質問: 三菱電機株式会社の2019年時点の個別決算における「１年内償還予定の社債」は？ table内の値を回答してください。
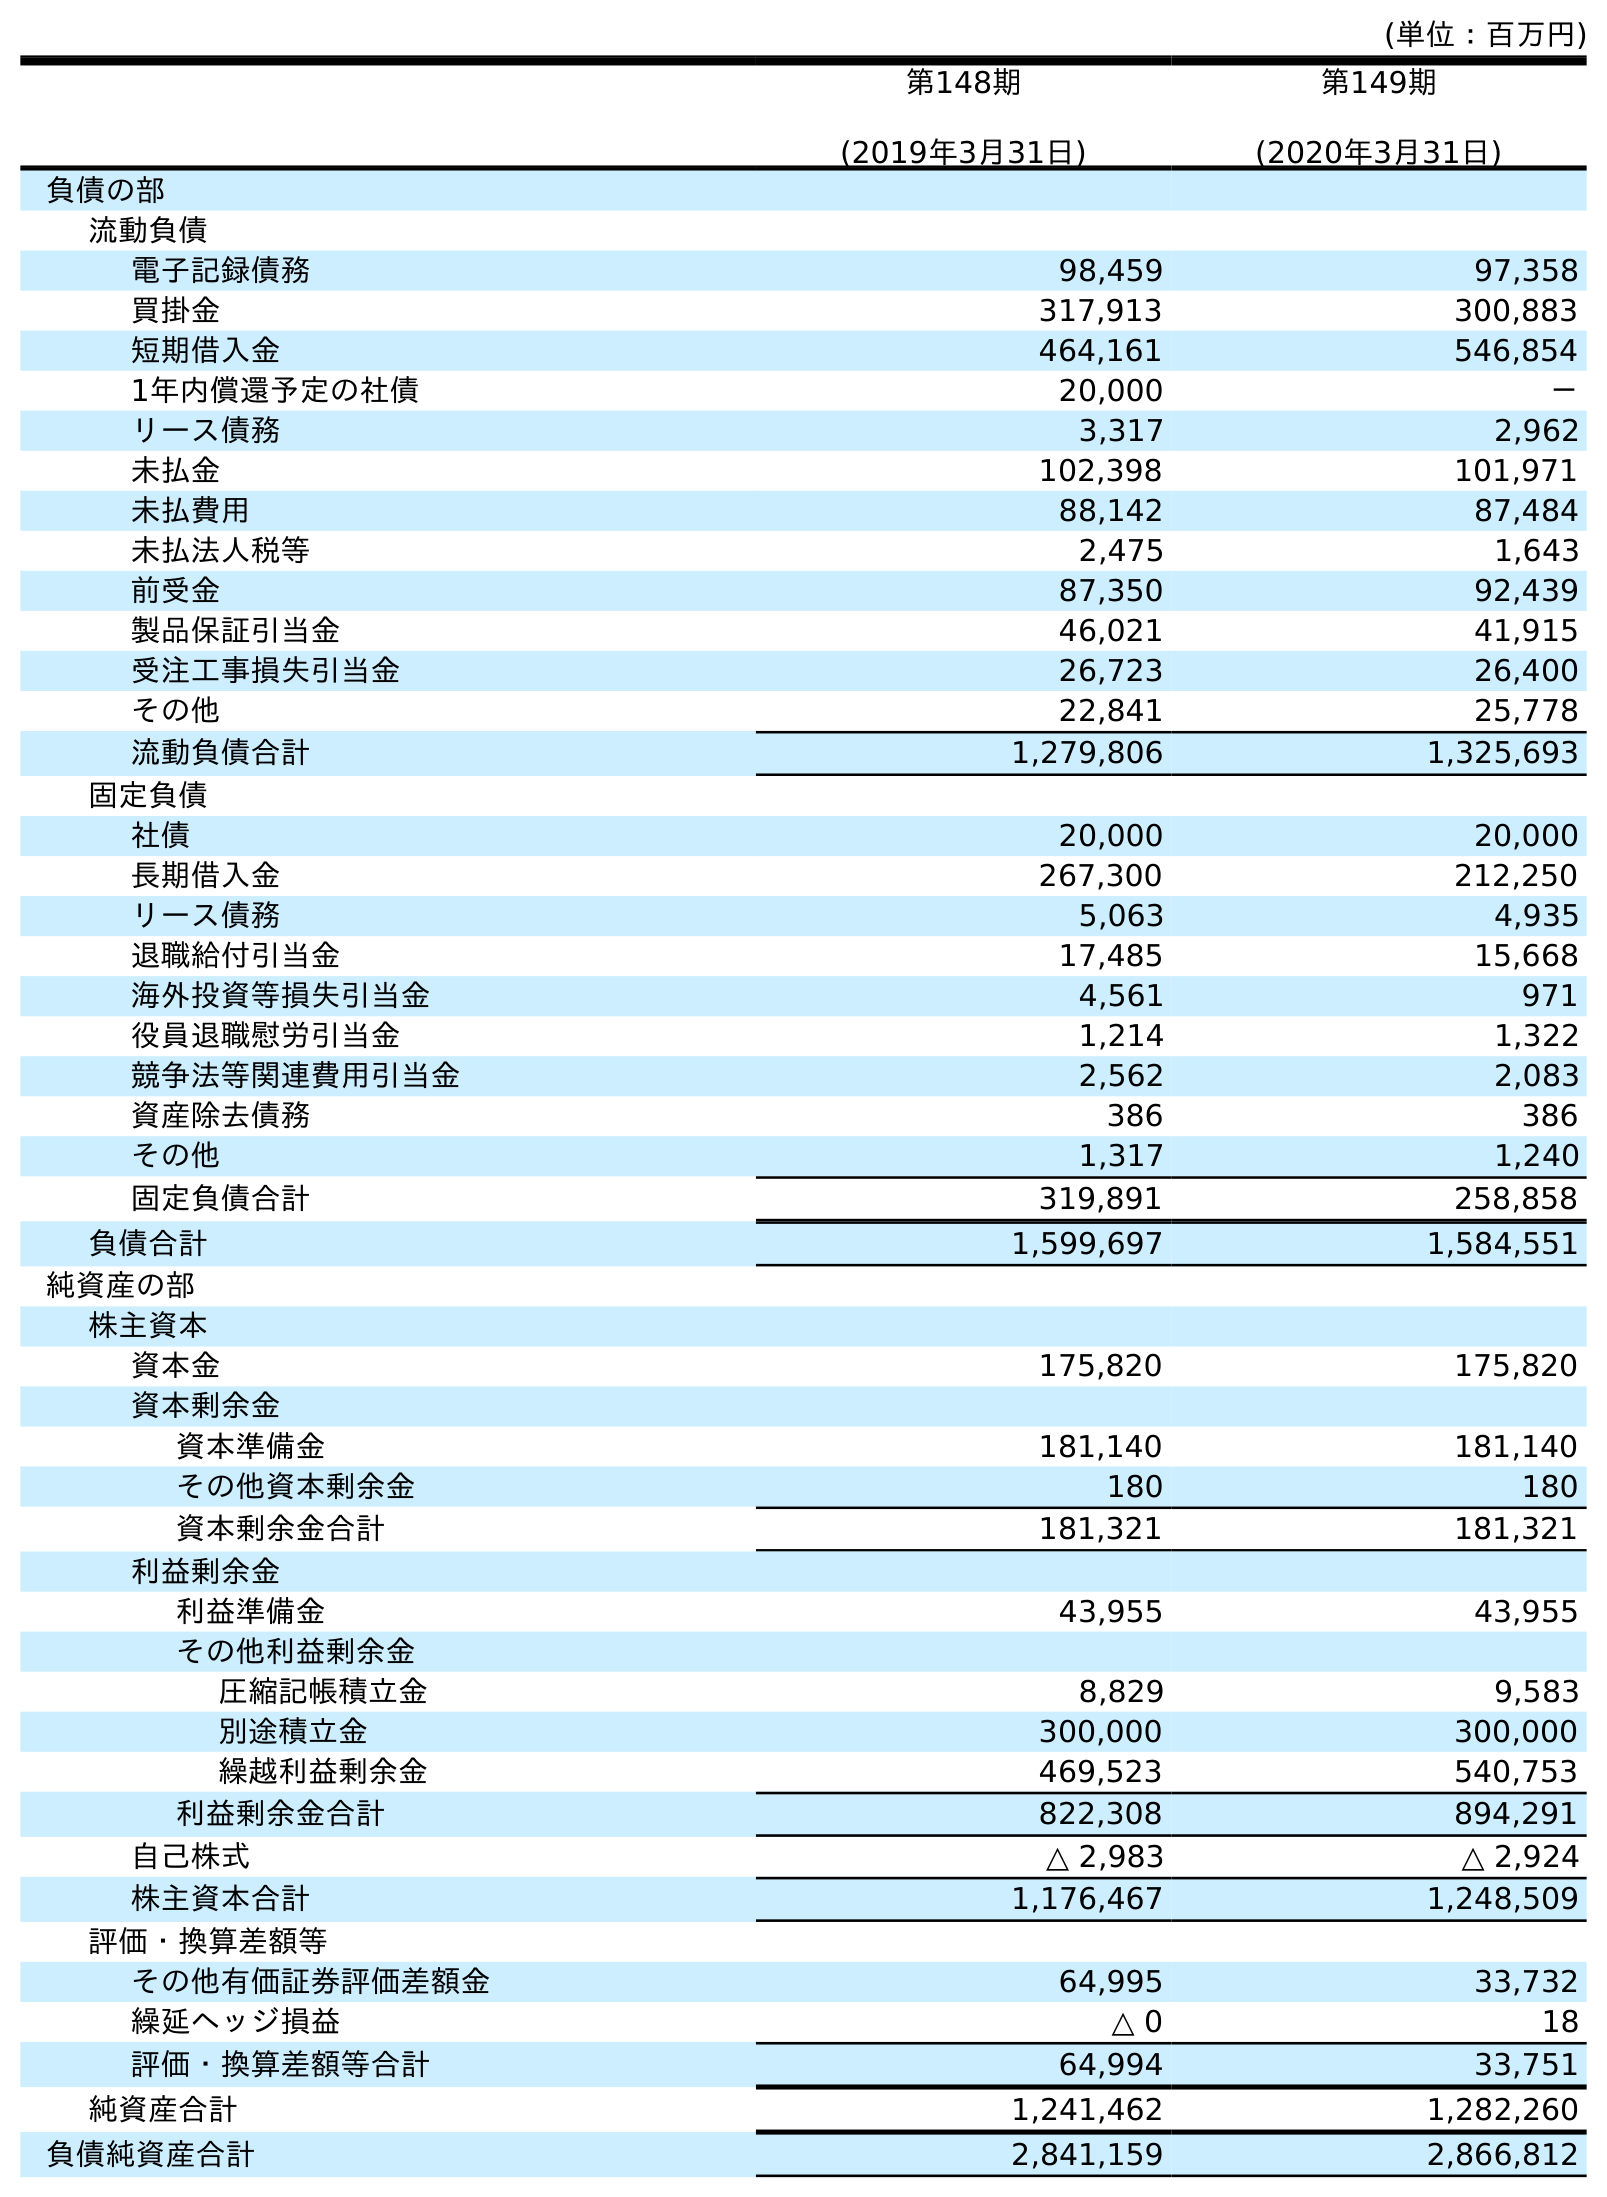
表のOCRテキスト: (単位：百万円) 第148期 (2019年3月31日) 第149期 (2020年3月31日) 負債の部 流動負債 電子記録債務 98,459 97,358 買掛金 317,913 300,883 短期借入金 464,161 546,854 1年内償還予定の社債 20,000 － リース債務 3,317 2,962 未払金 102,398 101,971 未払費用 88,142 87,484 未払法人税等 2,475 1,643 前受金 87,350 92,439 製品保証引当金 46,021 41,915 受注工事損失引当金 26,723 26,400 その他 22,841 25,778 流動負債合計 1,279,806 1,325,693 固定負債 社債 20,000 20,000 長期借入金 267,300 212,250 リース債務 5,063 4,935 退職給付引当金 17,485 15,668 海外投資等損失引当金 4,561 971 役員退職慰労引当金 1,214 1,322 競争法等関連費用引当金 2,562 2,083 資産除去債務 386 386 その他 1,317 1,240 固定負債合計 319,891 258,858 負債合計 1,599,697 1,584,551 純資産の部 株主資本 資本金 175,820 175,820 資本剰余金 資本準備金 181,140 181,140 その他資本剰余金 180 180 資本剰余金合計 181,321 181,321 利益剰余金 利益準備金 43,955 43,955 その他利益剰余金 圧縮記帳積立金 8,829 9,583 別途積立金 300,000 300,000 繰越利益剰余金 469,523 540,753 利益剰余金合計 822,308 894,291 自己株式 △ 2,983 △ 2,924 株主資本合計 1,176,467 1,248,509 評価・換算差額等 その他有価証券評価差額金 64,995 33,732 繰延ヘッジ損益 △ 0 18 評価・換算差額等合計 64,994 33,751 純資産合計 1,241,462 1,282,260 負債純資産合計 2,841,159 2,866,812
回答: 20,000